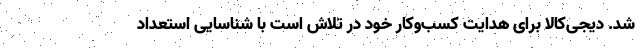
شد. دیجی‌کالا برای هدایت کسب‌وکار خود در تلاش است با شناسایی استعداد